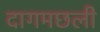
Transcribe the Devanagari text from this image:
दागमछली